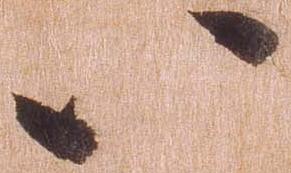
八